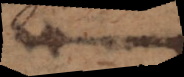
m